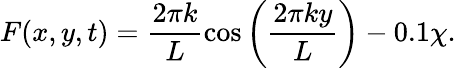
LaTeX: F(x,y,t)=\frac{2\pi k}{L}\cos{\bigg(\frac{2\pi ky}{L}\bigg)}-0.1\chi.